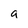
Character: a